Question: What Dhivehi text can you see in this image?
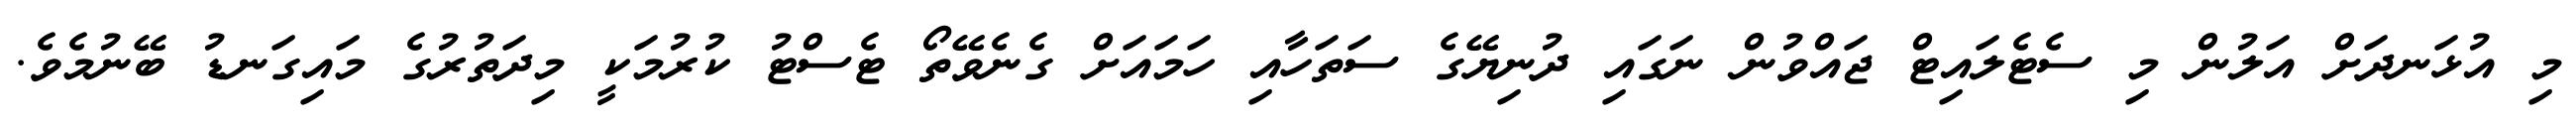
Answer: މި އުޅަނދަށް އަލުން މި ސެޓެލައިޓް ޖައްވުން ނަގައި ދުނިޔޭގެ ސަތަހާއި ހަމައަށް ގެނެވޭތޯ ޓެސްޓު ކުރުމަކީ މިދަތުރުގެ މައިގަނޑު ބޭނުމެވެ.